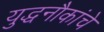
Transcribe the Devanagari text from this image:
युद्धनौकांचे